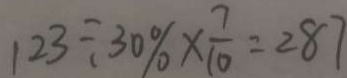
1 2 3 \div 3 0 \% \times \frac { 7 } { 1 0 } = 2 8 7